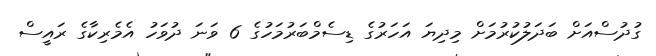
ގުދުސްއަށް ބަދަލުކުރުމަށް މިދިޔަ އަހަރުގެ ޑިސެމްބަރުމަހުގެ 6 ވަނަ ދުވަހު އެމެރިކާގެ ރައީސް